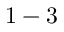
1 - 3